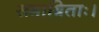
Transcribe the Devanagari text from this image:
समाश्रिताः।